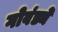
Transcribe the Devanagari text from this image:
गोवंड्ये